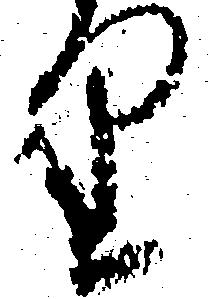
り